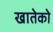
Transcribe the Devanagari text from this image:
खातेको